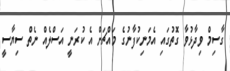
ގާސިމް ވިދާޅުވާ ގޮތުގައި އެމަނިކުފާނުގެ މައްޗަށް އެ ކުރަނީ އަސްލެއް ނެތް ސިޔާސީ